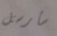
سأرسل